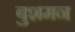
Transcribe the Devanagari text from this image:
बुशमन